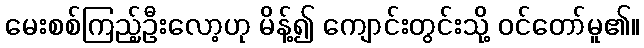
မေးစစ်ကြည့်ဦးလော့ဟု မိန့်၍ ကျောင်းတွင်းသို့ ဝင်တော်မူ၏။